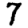
Digit: 7